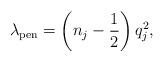
LaTeX: \begin{align*}\lambda_{\rm pen} = \left(n_j - \frac{1}{2} \right) q_j^2,\end{align*}